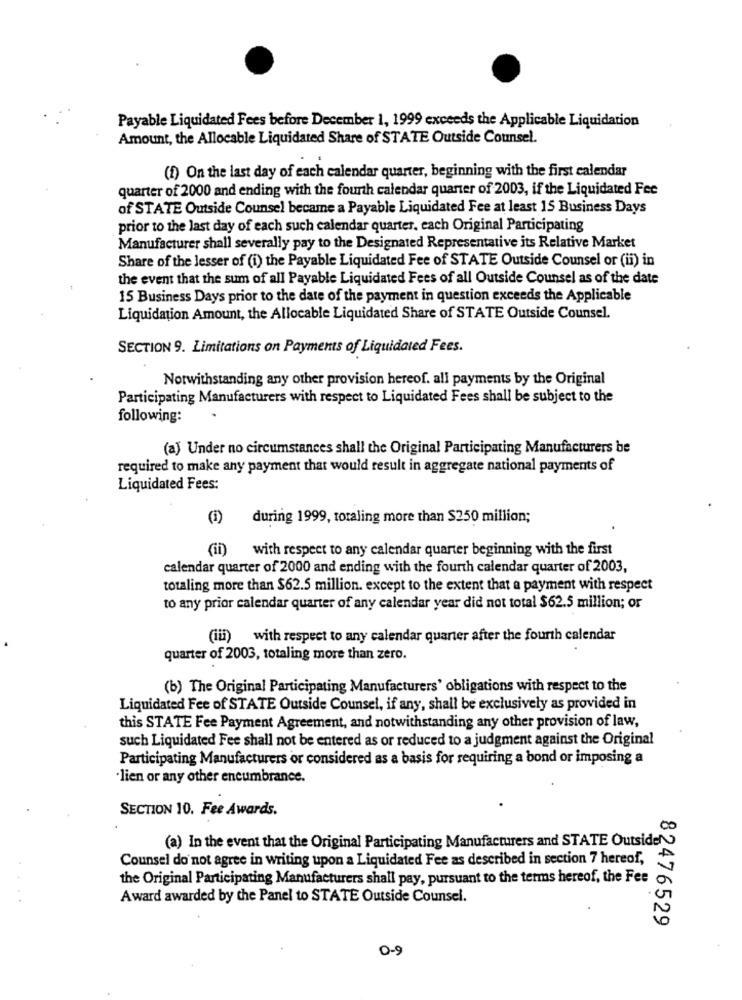
Payable Liquidated Fees before December 1, 1999 exceeds the Applicable Liquidation
Amount, the Allocable Liquidated Share of STATE Outside Counsel.
(1) On the last day of each calendar quarter, beginning with the first calendar
quarter of 2000 and ending with the fourth calendar quarter of 2003, if the Liquidated Fee
of STATE Outside Counsel became a Payable Liquidated Fee at least 15 Business Days
prior to the last day of each such calendar quarter, each Original Participating
Manufacturer shall severally pay to the Designated Representative its Relative Market
Share of the lesser of (i) the Payable Liquidated Fee of STATE Outside Counsel or (ii) in
the event that the sum of all Payable Liquidated Fees of all Outside Counsel as of the date
15 Business Days prior to the date of the payment in question exceeds the Applicable
Liquidation Amount, the Allocable Liquidated Share of STATE Outside Counsel.
SECTION 9. Limitations on Payments of Liquidated Fees.
Notwithstanding any other provision hereof. all payments by the Original
Participating Manufacturers with respect to Liquidated Fees shall be subject to the
following:
(a) Under no circumstances shall the Original Participating Manufacturers be
required to make any payment that would result in aggregate national payments of
Liquidated Fees:
(i) during 1999, totaling more than $250 million;
(ii)
with respect to any calendar quarter beginning with the first
calendar quarter of 2000 and ending with the fourth calendar quarter of 2003,
totaling more than $62.5 million. except to the extent that a payment with respect
to any prior calendar quarter of any calendar year did not total $62.5 million; or
(ii) with respect to any calendar quarter after the fourth calendar
quarter of 2003, totaling more than zero.
(b) The Original Participating Manufacturers' obligations with respect to the
Liquidated Fee of STATE Outside Counsel, if any, shall be exclusively as provided in
this STATE Fee Payment Agreement, and notwithstanding any other provision of law,
such Liquidated Fee shall not be entered as or reduced to a judgment against the Original
Participating Manufacturers or considered as a basis for requiring a bond or imposing a
lien or any other encumbrance.
SECTION 10. Fee Awards.
(a) In the event that the Original Participating Manufacturers and STATE Outsider
Counsel do not agree in writing upon a Liquidated Fee as described in section 7 hereof,
the Original Participating Manufacturers shall pay, pursuant to the terms hereof, the Fee
Award awarded by the Panel to STATE Outside Counsel.
82476529
0-9